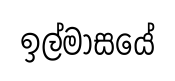
ඉල්මාසයේ